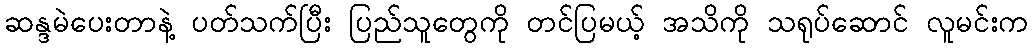
ဆန္ဒမဲပေးတာနဲ့ ပတ်သက်ပြီး ပြည်သူတွေကို တင်ပြမယ့် အသိကို သရုပ်ဆောင် လူမင်းက